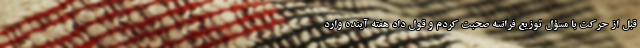
قبل از حرکت با مسؤل توزیع فرانسه صحبت کردم و قول داد هفته آینده وارد